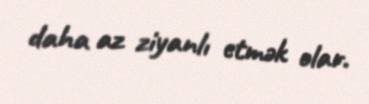
daha az ziyanlı etmək olar.